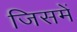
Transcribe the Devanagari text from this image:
जिसमें